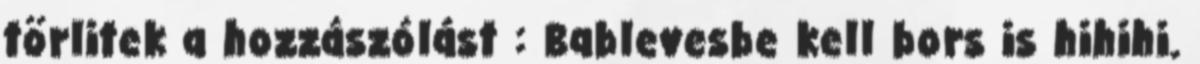
törlitek a hozzászólást : Bablevesbe kell bors is hihihi.